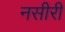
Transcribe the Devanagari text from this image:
नसीरी